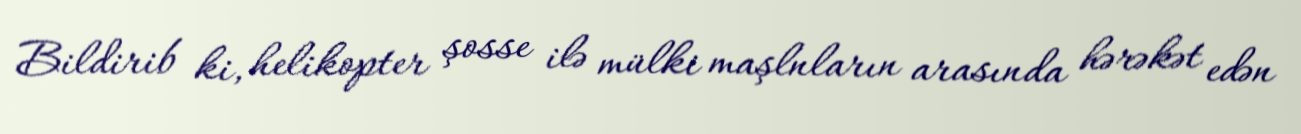
Bildirib ki, helikopter şosse ilə mülki maşlnların arasında hərəkət edən